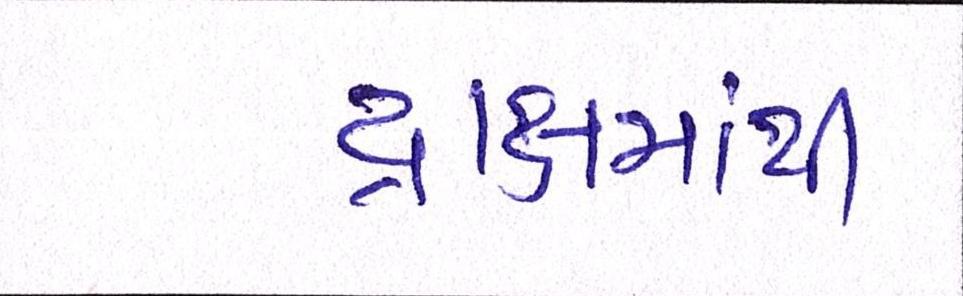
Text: દ્રાક્ષમાંથી